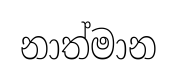
නාත්මාන